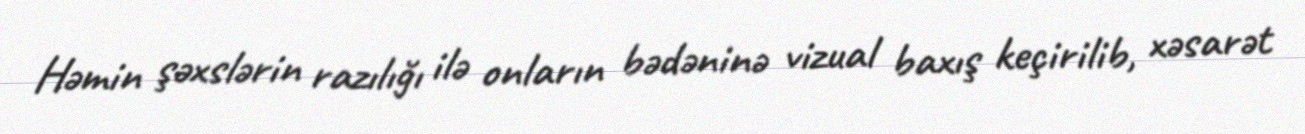
Həmin şəxslərin razılığı ilə onların bədəninə vizual baxış keçirilib, xəsarət